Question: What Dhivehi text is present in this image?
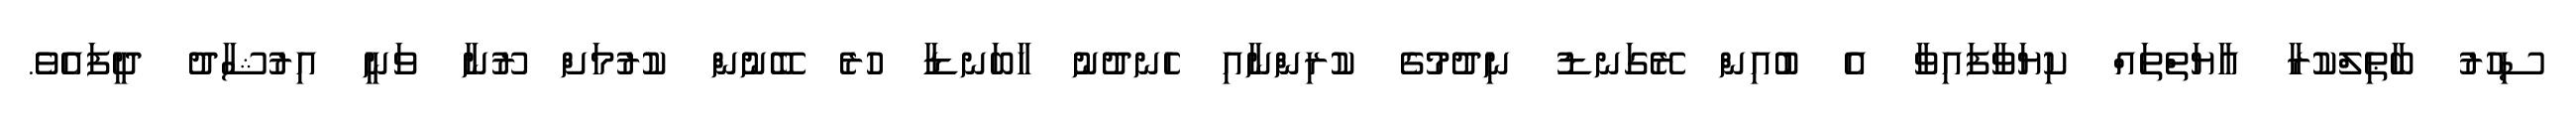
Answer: ސިހުރު ބާޠިލްކުރާ އާޔަތްތައް ކިޔަވާފައިވާ އެ ބުއިން ރޭގަނޑު ނިދުމުގެ ކުރިންނާއި ހެނދުނު ހާބަނޑާ ހުރެ ބޭނުން ކުރުމަށް ރޫނާ ވަނީ އިރުޝާދު ދީފައެވެ.